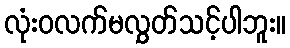
လုံးဝလက်မလွှတ်သင့်ပါဘူး။